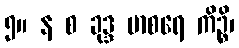
၅။ န စ ခုဒ္ဒ မာစရေ ကိဉ္စိ၊